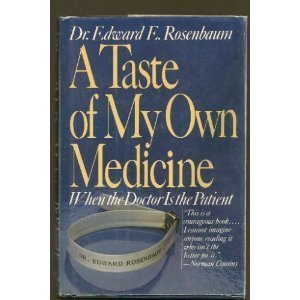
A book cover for A Taste of My Own Medicine: When the Doctor Is the Patient; Edward E. Rosenbaum; Health, Fitness & Dieting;